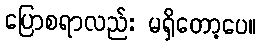
ပြောစရာလည်း မရှိတော့ပေ။